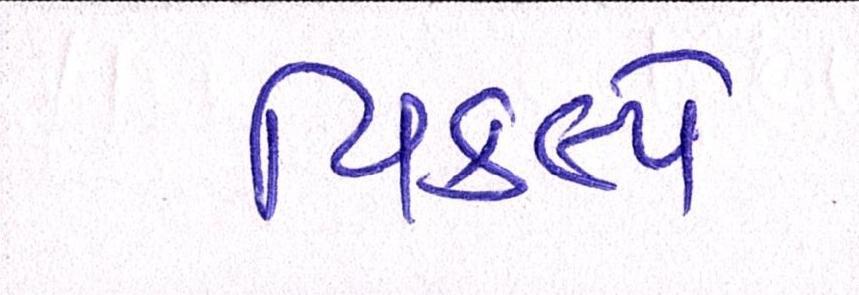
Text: વિકલ્પે